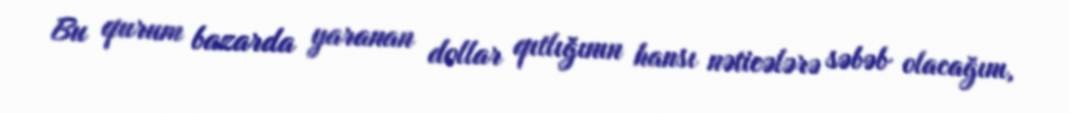
Bu qurum bazarda yaranan dollar qıtlığının hansı nəticələrə səbəb olacağını,